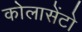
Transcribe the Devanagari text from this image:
कोलासेंटो